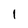
Character: l